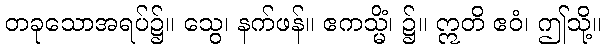
တခုသောအရပ်၌။ သွေ၊ နက်ဖန်။ ဧကသ္မိံ၊ ၌။ ဣတိ ဧဝံ၊ ဤသို့။